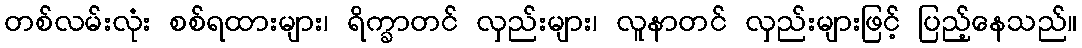
တစ်လမ်းလုံး စစ်ရထားများ၊ ရိက္ခာတင် လှည်းများ၊ လူနာတင် လှည်းများဖြင့် ပြည့်နေသည်။